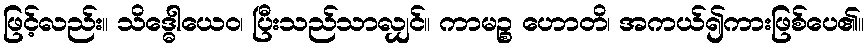
ဖြင့်လည်း။ သိဒ္ဓေါယေဝ၊ ပြီးသည်သာလျှင်။ ကာမဉ္စ ဟောတိ၊ အကယ်၍ကားဖြစ်ပေ၏။